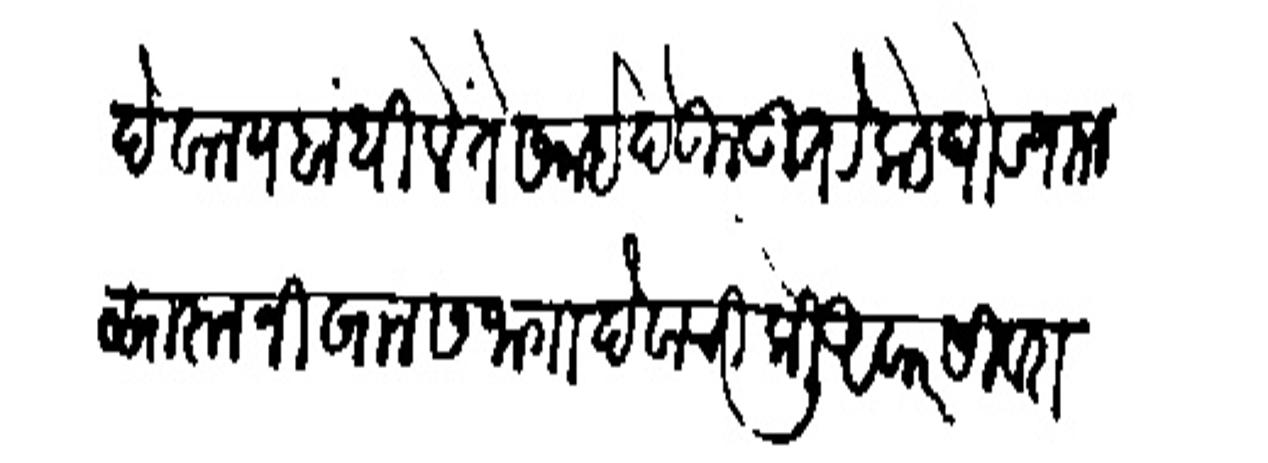
Transliteration (Devanagari): देवालय बांधिले ते समई देऊल उतरेकडे घोड्यांनी सारून निखालस जाना देवाची केली आवार सिखरा